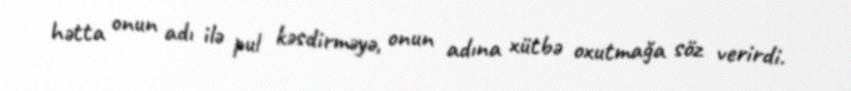
hətta onun adı ilə pul kəsdirməyə, onun adına xütbə oxutmağa söz verirdi.